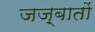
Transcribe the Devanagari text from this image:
जज़्बातों